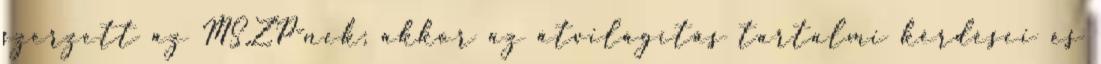
szerzett az MSZP-nek; akkor az átvilágítás tartalmi kérdései és